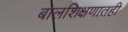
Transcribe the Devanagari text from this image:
बालशिक्षणातही